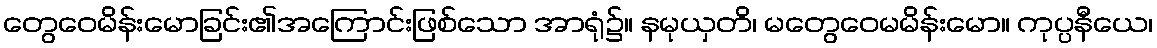
တွေဝေမိန်းမောခြင်း၏အကြောင်းဖြစ်သော အာရုံ၌။ နမုယှတိ၊ မတွေဝေမမိန်းမော။ ကုပ္ပနီယေ၊